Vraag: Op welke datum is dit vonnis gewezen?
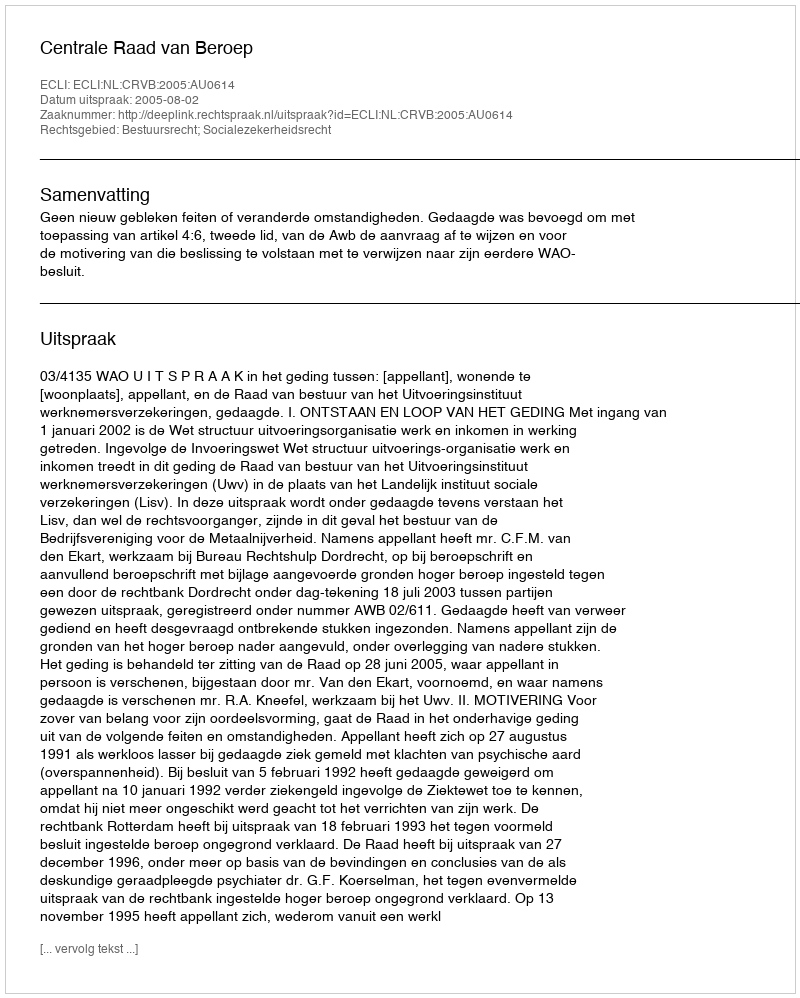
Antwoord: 2005-08-02